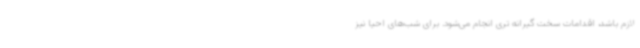
لازم باشد، اقدامات سخت گیرانه تری انجام می‌شود. برای شب‌های احیا نیز